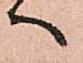
へ